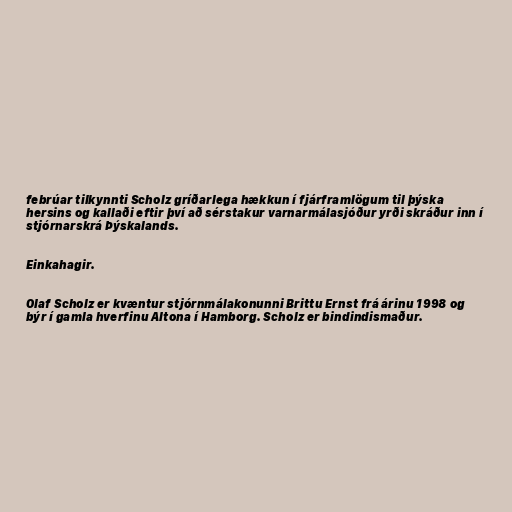
febrúar tilkynnti Scholz gríðarlega hækkun í fjárframlögum til þýska
hersins og kallaði eftir því að sér­stak­ur varn­ar­mála­sjóður yrði skráður inn í
stjórn­ar­skrá Þýskalands.

Einkahagir.

Olaf Scholz er kvæntur stjórnmálakonunni Brittu Ernst frá árinu 1998 og
býr í gamla hverfinu Altona í Hamborg. Scholz er bindindismaður.